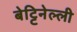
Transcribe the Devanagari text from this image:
बेट्टिनेल्ली